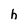
Character: h